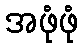
အဖုံဖုံ